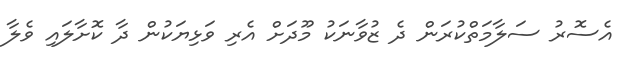
އެސޮރު ސަލާމަތްކުރަން ދެ ޒުވާނަކު މޫދަށް އެރި ވަޅިޔަކުން ދާ ކޮށާލައި ވެލާ